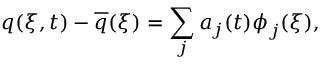
\boldsymbol { q } ( \xi , t ) - \overline { { \boldsymbol { q } } } ( \xi ) = \sum _ { j } a _ { j } ( t ) \boldsymbol { \phi } _ { j } ( \xi ) ,